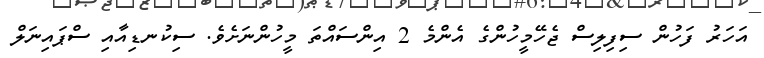
އަހަރު ފަހުން ސިފިލިސް ޖެހޭމީހުންގެ އެންމެ 2 އިންސައްތަ މީހުންނަށެވެ. ސިކުނޑިއާއި ސްޕައިނަލް